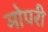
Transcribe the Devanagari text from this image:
मोपरी